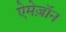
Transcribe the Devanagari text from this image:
ऐमेज़ॉन